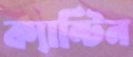
ক্যান্টিন